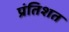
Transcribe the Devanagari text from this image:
प्रंतिशत